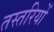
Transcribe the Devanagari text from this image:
तस्तरियों